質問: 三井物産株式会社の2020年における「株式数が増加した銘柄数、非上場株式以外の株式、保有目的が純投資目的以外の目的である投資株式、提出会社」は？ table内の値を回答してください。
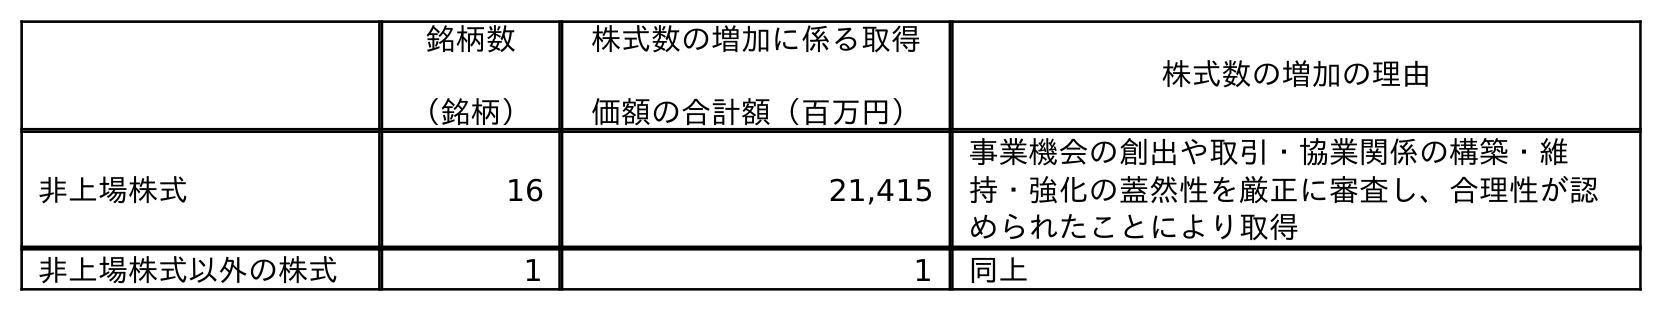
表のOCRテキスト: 銘柄数 （銘柄） 株式数の増加に係る取得 価額の合計額（百万円） 株式数の増加の理由 非上場株式 16 21,415 事業機会の創出や取引・協業関係の構築・維 持・強化の蓋然性を厳正に審査し、合理性が認 められたことにより取得 非上場株式以外の株式 1 1 同上
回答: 1